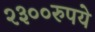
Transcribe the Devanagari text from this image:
२३००रुपये